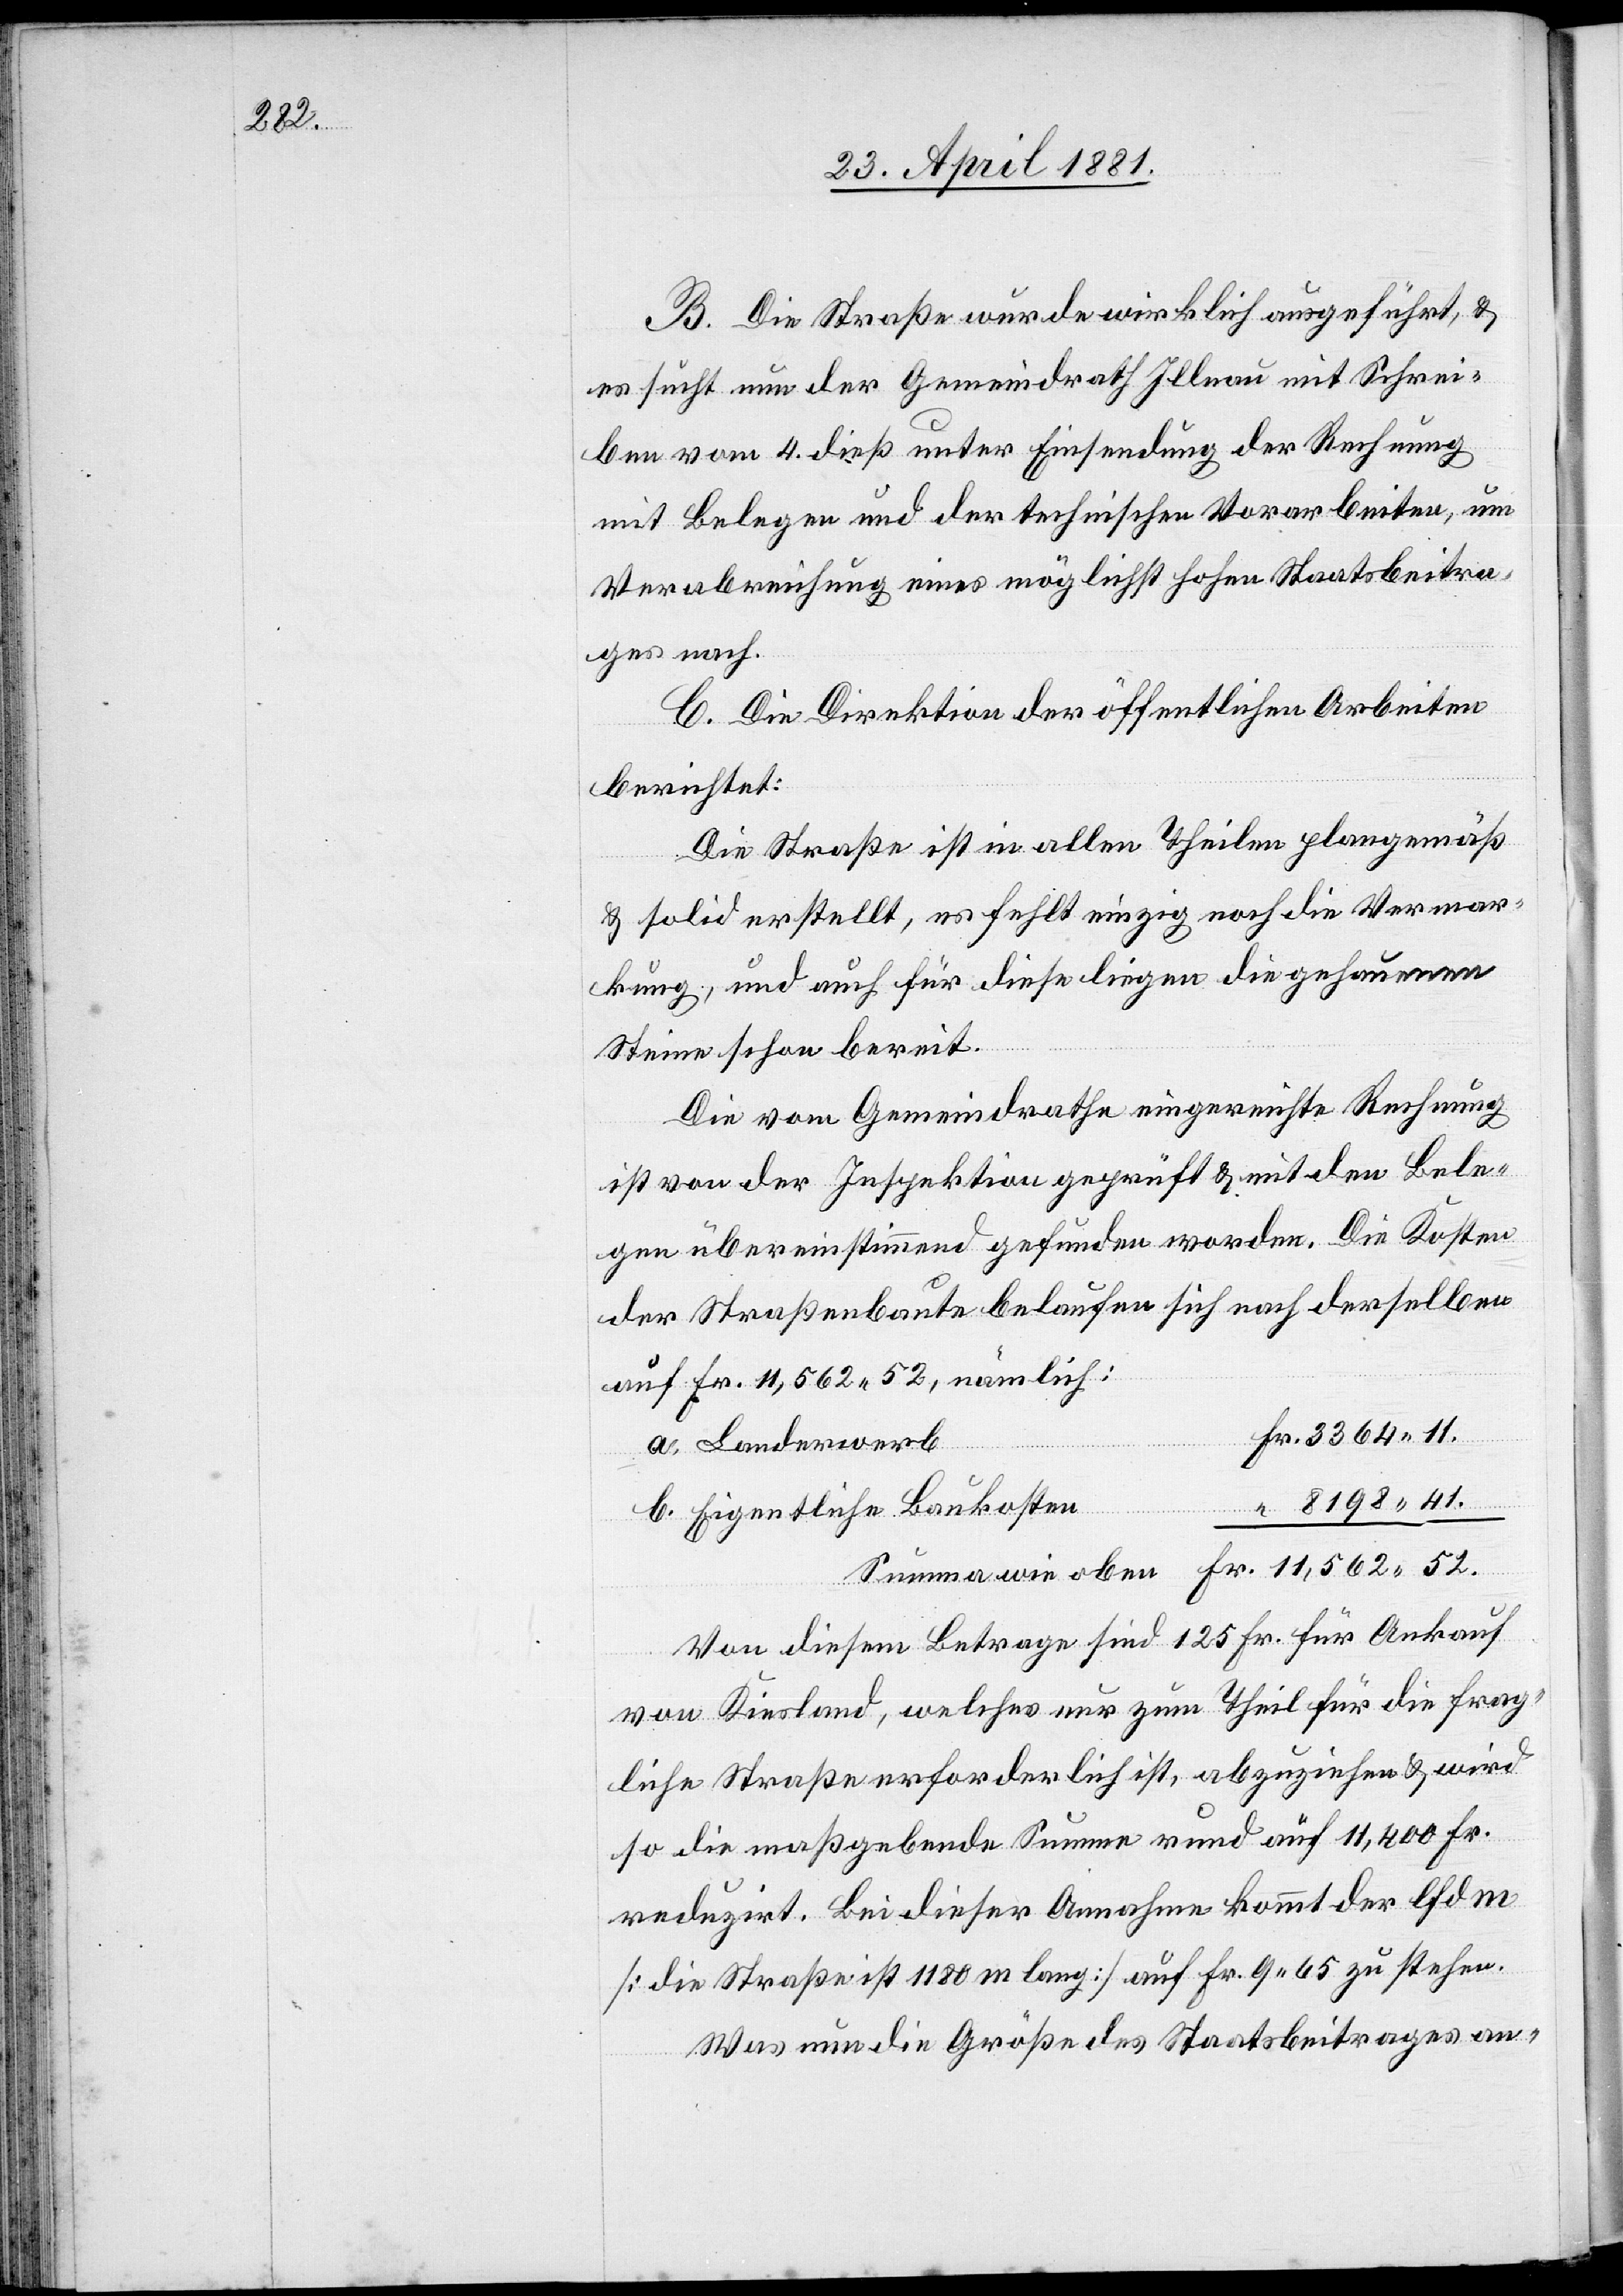
B. Die Straße wurde wirklich ausgeführt, &
es sucht nun der Gemeindrath Illnau mit Schrei¬
ben vom 4. dieß unter Einsendung der Rechnung
mit Belegen und der technischen Vorarbeiten, um
Verabreichung eines möglichst hohen Staatsbeitra¬
ges nach.
C. Die Direktion öffentlichen Arbeiten
berichtet:
Die Straße ist in allen Theilen plangemäß
& solid erstellt, es fehlt einzig noch die Vermar¬
kung, und auch für diese liegen die gehauenen
Steine schon bereit.
Die vom Gemeindrathe eingereichte Rechnung
ist von der Inspektion geprüft & mit den Bele¬
gen übereinstimmend gefunden worden. Die Kosten
der Straßenbaute belaufen sich nach derselben
auf Fr. 11,562. 52, nämlich:
52.
a. Landerwerb
8198. 41.
b. Eigentliche Baukosten
“
Von diesem Betrage sind 125 Fr. für Ankauf
von Kiesland, welches nur zum Theil für die frag¬
liche Straße erforderlich ist, abzuziehen & wird
so die maßgebende Summe rund auf 11,400 Fr.
reduzirt. Bei dieser Annahme kommt der lfd.
[die Straße ist 1180 m lang] auf Fr. 9. 65 zu stehen.
Was nun die Größe des Staatsbeitrages an-